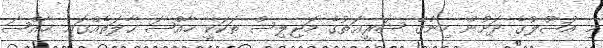
މި އުޞޫލުގެ ދަށުން ހިންގޭ ޝަރީޢަތުގެ މަޖިލިސް ތަކަކީ ޚާއްޞަ ޙާލަތެއްގައި ޚާއްޞަ